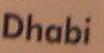
dhabi